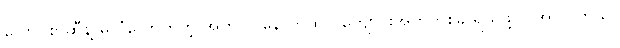
လောင်စာဆီနဲ့ မလုံလောက်တဲ့ အတွက် နောက်ထပ် ကျောပိုးအိတ်တစ်ခု ရယူဖို့ လိုအပ်ပါတယ်။